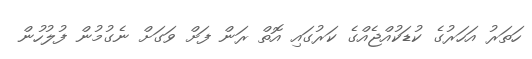
ހަތަރު އަހަރުގެ ކުޑަކުއްޖެއްގެ ކަރުގައި އޮތް ރަން ފަށް ވަގަށް ނެގުމުން ފުލުހުން